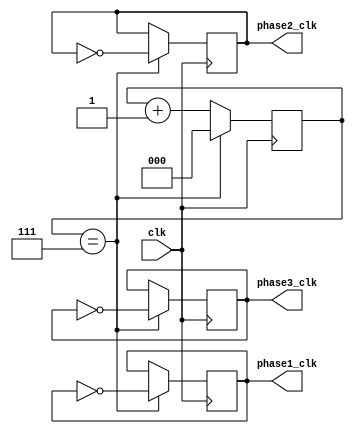
module multi_phase_clock_divider (
    input clk,
    output reg phase1_clk,
    output reg phase2_clk,
    output reg phase3_clk
);

reg [2:0] count;
parameter DIVIDER = 8;

always @(posedge clk) begin
    if (count == DIVIDER-1) begin
        count <= 0;
        phase1_clk <= ~phase1_clk;
        phase2_clk <= ~phase2_clk;
        phase3_clk <= ~phase3_clk;
    end else begin
        count <= count + 1;
    end
end

endmodule